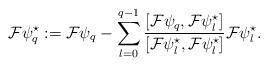
LaTeX: \begin{align*}\mathcal{F} \psi_{q}^{\star} := \mathcal{F} \psi_{q} - \sum_{l=0}^{q-1} \frac{[\mathcal{F}\psi_{q}, \mathcal{F} \psi_{l}^{\star} ]}{[\mathcal{F} \psi_{l}^{\star} , \mathcal{F} \psi_{l}^{\star}]} \mathcal{F} \psi_{l}^{\star} .\end{align*}